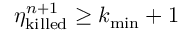
\eta _ { \mathrm { k i l l e d } } ^ { n + 1 } \geq k _ { \mathrm { m i n } } + 1